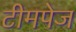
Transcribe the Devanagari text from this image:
टीमपेज